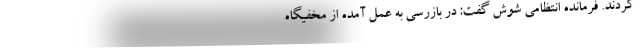
کردند. فرمانده انتظامی شوش گفت: در بازرسی به عمل آمده از مخفیگاه